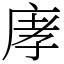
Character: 庨